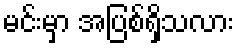
မင်းမှာ အပြစ်ရှိသလား